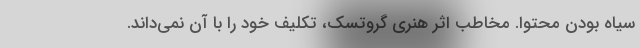
سیاه بودن محتوا. مخاطب اثر هنری گروتسک، تکلیف خود را با آن نمی‌داند.